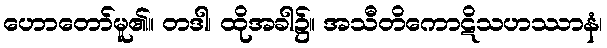
ဟောတော်မူ၏။ တဒါ၊ ထိုအခါ၌။ အသီတိကောဋိသဟဿာနံ၊